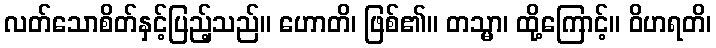
လတ်သောစိတ်နှင့်ပြည့်သည်။ ဟောတိ၊ ဖြစ်၏။ တသ္မာ၊ ထို့ကြောင့်။ ဝိဟရတိ၊